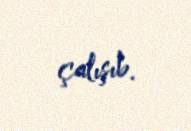
çalışıb.